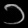
Digit: ၁